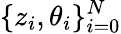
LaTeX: \{ z_{i},\theta_{i}\} _{i=0}^{N}